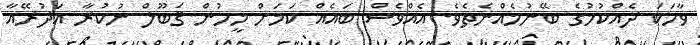
ވާހަކަ ދެއްކުމުގެ ބޭނުމެއްނެތެވެ. އެއްވެސް ބައެއް ކަމަށް މީހުން ޤަބޫލް ނުކުރާ އަދުރޭއާ